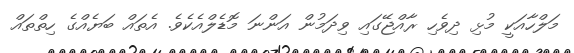
މަލްހާއަކީ މުޅި ދިވެހި ރާއްޖޭގައި ވިދަމުން އަންނަ މޮޑެލްއެކެވެ. އެތައް ބަޔެއްގެ ހިތްތައް